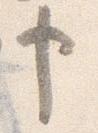
申